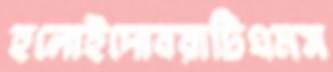
হলোইদোবরাটিএমস